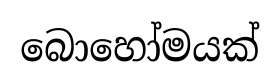
බොහෝමයක්